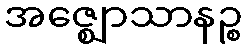
အဇ္ဈောသာနဉ္စ